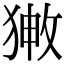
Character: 𤟸